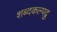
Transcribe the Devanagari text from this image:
शब्दकल्पद्रु